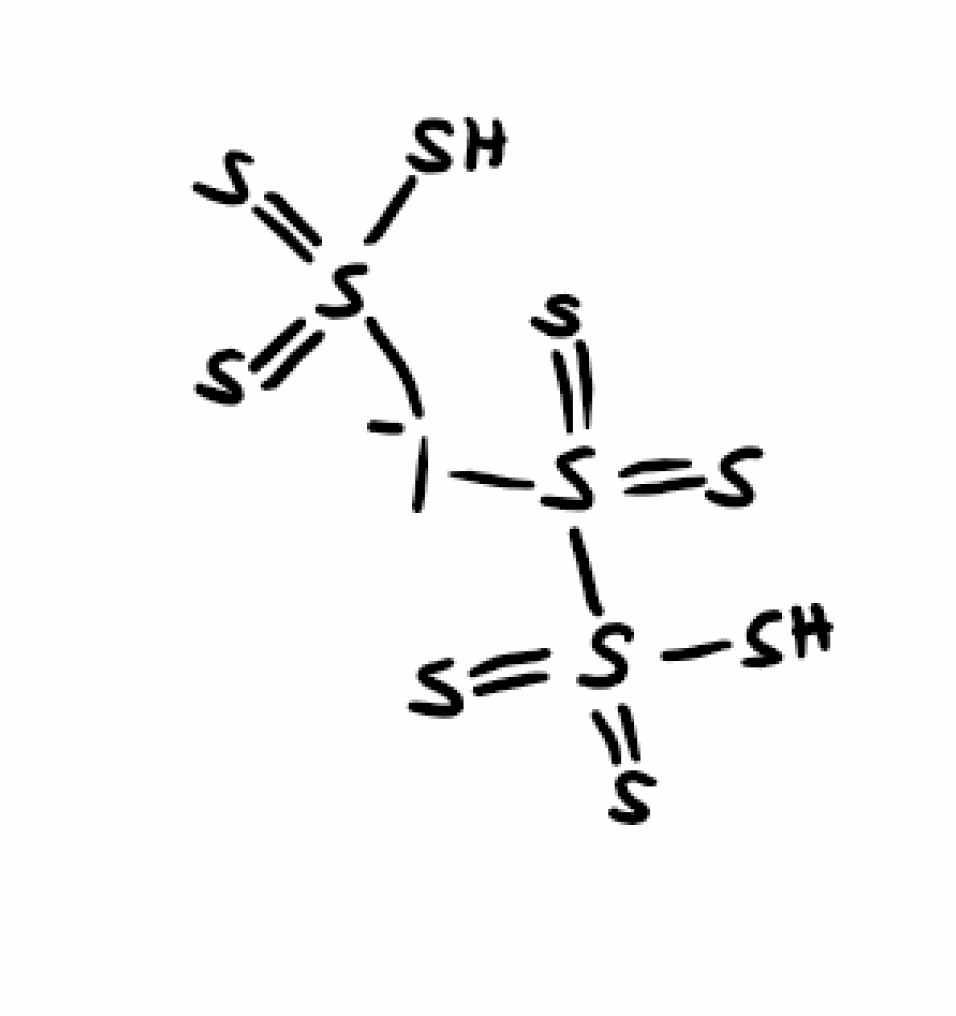
Simplified molecular-input line-entry system (SMILES) notation of the given molecule:
SS(=S)(=S)S(=S)(=S)[I-]S(=S)(=S)S